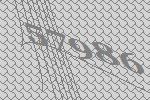
57986